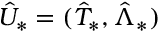
\hat { U } _ { * } = ( \hat { T } _ { * } , \hat { \Lambda } _ { * } )